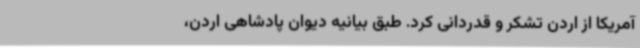
آمریکا از اردن تشکر و قدردانی کرد. طبق بیانیه دیوان پادشاهی اردن،